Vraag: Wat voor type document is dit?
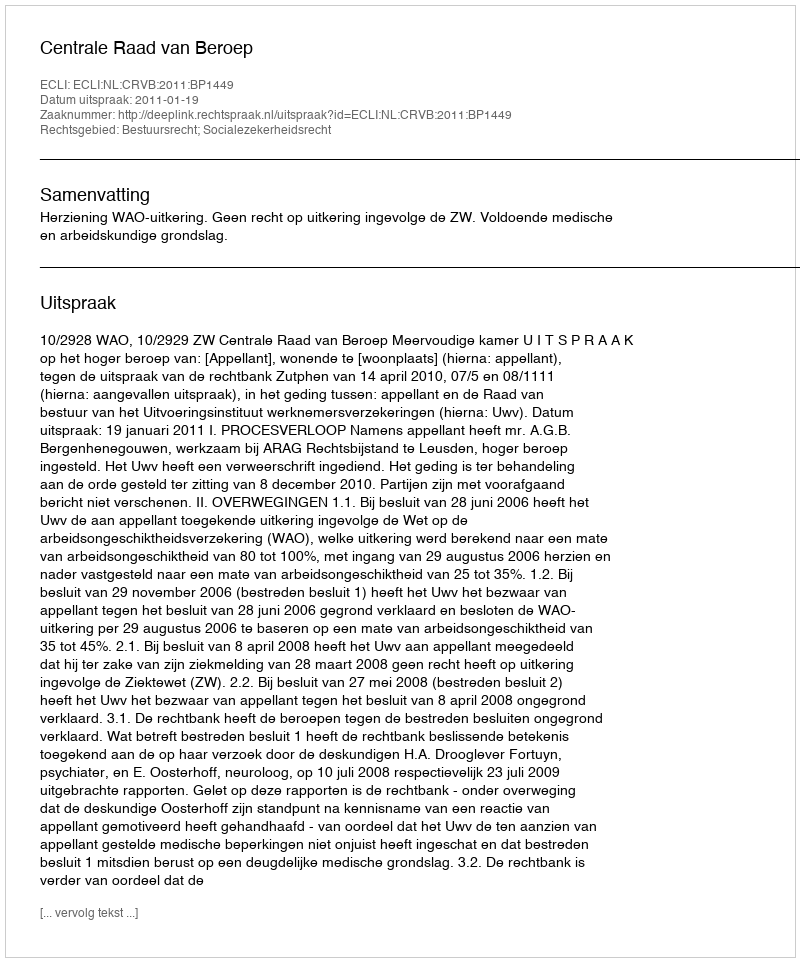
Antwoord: Uitspraak